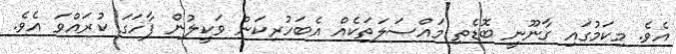
އެވެ. މިކަމުގައި ގާނޫނީ ބޮޑެތި މައްސަލަތަކެއް އެބަހުރިކަން ވަކީލުން ފާހަގަ ކުރައްވަ އެވެ.